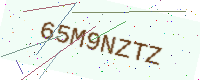
Text: 65M9NZTZ